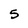
Character: 5